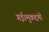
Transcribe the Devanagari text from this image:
गई।मुकद्दमों